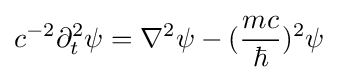
c^{-2}\partial _{t}^{2}\psi =\nabla ^{2}\psi -({\frac {mc}{\hbar }})^{2}\psi